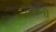
બૉસની